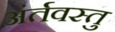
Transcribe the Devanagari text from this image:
अंर्तवस्तु